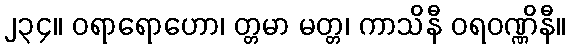
၂၃၄။ ဝရာရောဟော၊ တ္တမာ မတ္တ၊ ကာသိနီ ဝရဝဏ္ဏိနီ။